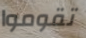
تقوموا